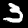
Digit: 3